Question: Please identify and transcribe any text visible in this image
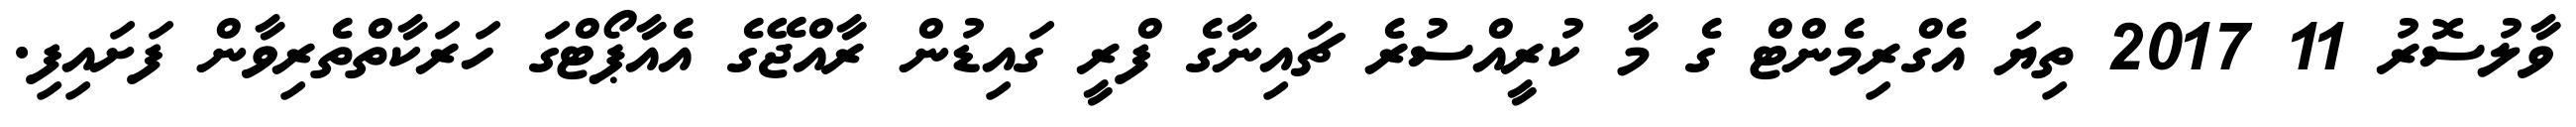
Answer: ވާލުސޮރު 11 2017 ތިޔަ އެގްރިމެންޓް ގެ މާ ކުރީއްސުރެ ޗައިނާގެ ފްރީ ގައިޑުން ރާއްޖޭގެ އެއާޕޯޓްގަ ހަރަކާތްތެރިވާން ފަށައިފި.